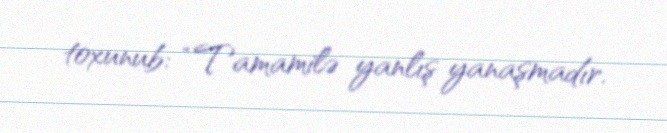
toxunub: “Tamamilə yanlış yanaşmadır.